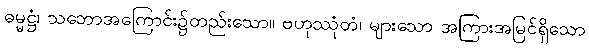
ဓမ္မဋ္ဌံ၊ သဘောအကြောင်း၌တည်းသော။ ဗဟုဿုံတံ၊ များသော အကြားအမြင်ရှိသော